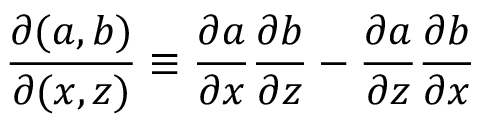
\frac { \partial ( a , b ) } { \partial ( x , z ) } \equiv { \frac { \partial a } { \partial x } \frac { \partial b } { \partial z } - \frac { \partial a } { \partial z } \frac { \partial b } { \partial x } }